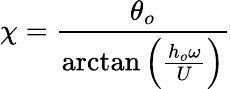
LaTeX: \chi=\frac{\theta_{o}}{\arctan\left(\frac{h_{o}\omega}{U}\right)}